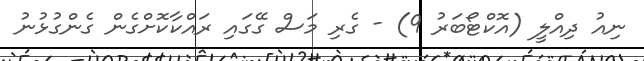
ނިއު ދިއްލީ (އޮކްޓޯބަރު 9) - ގެރި މަސް ގޭގައި ރައްކާކޮށްގެން ގެންގުޅުނު